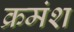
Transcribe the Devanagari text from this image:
क्रमंश